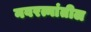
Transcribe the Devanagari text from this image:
नवरत्नांतील